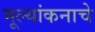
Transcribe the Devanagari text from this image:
मूल्यांकनाचे